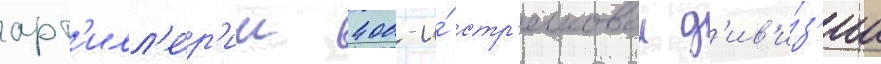
арт'илл'е́р'ии 400-и́ стр'елковои д'ив'и́з'ии